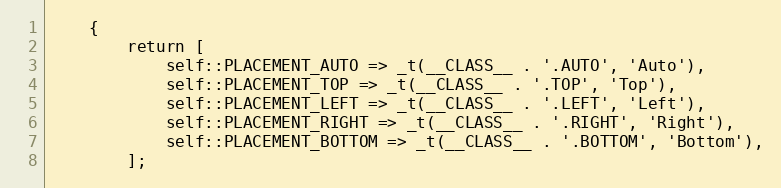
Language: PHP
    {
        return [
            self::PLACEMENT_AUTO => _t(__CLASS__ . '.AUTO', 'Auto'),
            self::PLACEMENT_TOP => _t(__CLASS__ . '.TOP', 'Top'),
            self::PLACEMENT_LEFT => _t(__CLASS__ . '.LEFT', 'Left'),
            self::PLACEMENT_RIGHT => _t(__CLASS__ . '.RIGHT', 'Right'),
            self::PLACEMENT_BOTTOM => _t(__CLASS__ . '.BOTTOM', 'Bottom'),
        ];